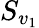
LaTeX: S_{v_{1}}